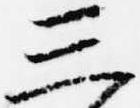
三